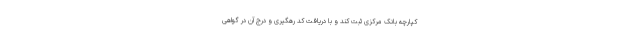
کپارچه بانک مرکزی ثبت کند و با دریافت کد رهگیری و درج آن در گواهی